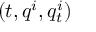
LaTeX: ( t , q ^ { i } , q _ { t } ^ { i } )